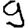
Digit: 9